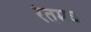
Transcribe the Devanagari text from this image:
रेतमय